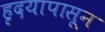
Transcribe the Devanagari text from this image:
हृदयापासून